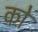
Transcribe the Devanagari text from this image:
काेे